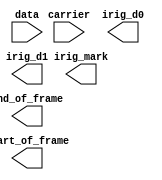
`timescale 1ns / 1ps
//////////////////////////////////////////////////////////////////////////////////
// Company: 
// Engineer: 
// 
// Design Name: 
// Module Name: symbol_decode
// Project Name: 
// Target Devices: 
// Tool Versions: 
// Description: 
// 
// Dependencies: 
// 
// Revision:
// Revision 0.01 - File Created
// Additional Comments:
// 
//////////////////////////////////////////////////////////////////////////////////


module symbol_decode(
    input carrier,
    input data,
    output irig_d0,
    output irig_d1,
    output irig_mark,
    output start_of_frame,
    output end_of_frame
    );
    
    
endmodule